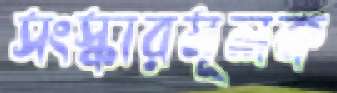
সংস্কারমূলক